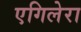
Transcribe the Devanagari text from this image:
एगिलेरा